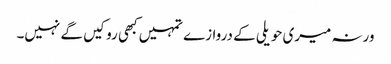
ورنہ میری حویلی کے دروازے تمہیں کبھی روکیں گے نہیں۔